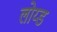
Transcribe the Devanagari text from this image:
लोय्ड